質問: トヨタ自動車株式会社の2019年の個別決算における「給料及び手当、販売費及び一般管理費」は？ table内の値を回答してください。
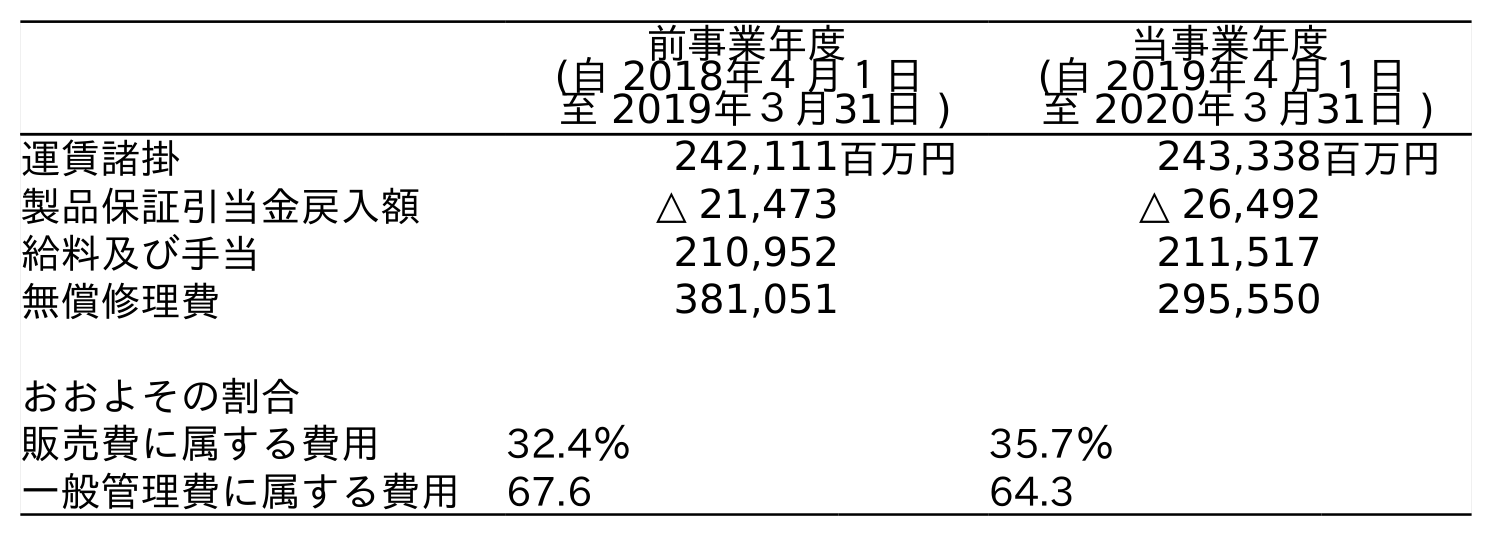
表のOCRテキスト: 前事業年度 (自 2018年４月１日 至 2019年３月31日 ) 当事業年度 (自 2019年４月１日 至 2020年３月31日 ) 運賃諸掛 242,111百万円 243,338百万円 製品保証引当金戻入額 △ 21,473 △ 26,492 給料及び手当 210,952 211,517 無償修理費 381,051 295,550 おおよその割合 販売費に属する費用 32.4％ 35.7％ 一般管理費に属する費用 67.6 64.3
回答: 210,952